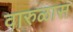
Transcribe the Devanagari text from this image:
वारुळास